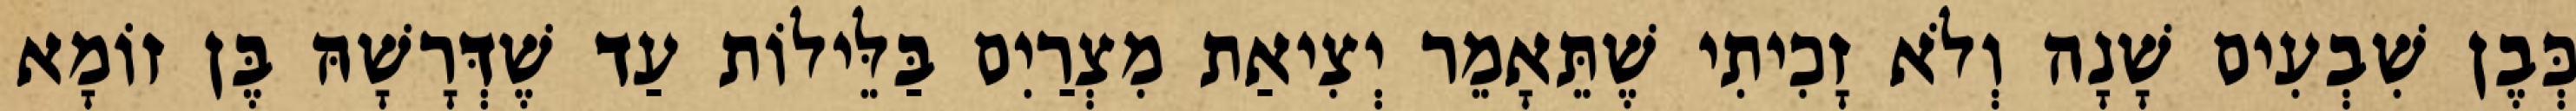
כְּבֶן שִׁבְעִים שָׁנָה וְלֹא זָכִיתִי שֶׁתֵּאָמֵר יְצִיאַת מִצְרַיִם בַּלֵּילוֹת עַד שֶׁדְּרָשָׁהּ בֶּן זוֹמָא